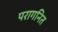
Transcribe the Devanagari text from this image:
परागनित